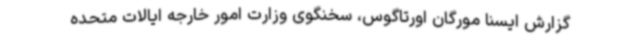
گزارش ایسنا مورگان اورتاگوس، سخنگوی وزارت امور خارجه ایالات متحده